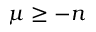
\mu \geq - n